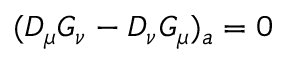
( { \cal D } _ { \mu } G _ { \nu } - { \cal D } _ { \nu } G _ { \mu } ) _ { a } = 0